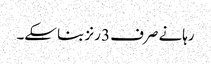
رہانے صرف 3 رنز بنا سکے۔